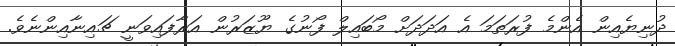
ދުނިޔެއިން އެންމެ ފުރަތަމަ އެ އަދަދަށް މޯބައިލް ފޯނުގެ ޔޫޒަރުން އަރާފައިވަނީ ޗައިނާއިންނެވެ.